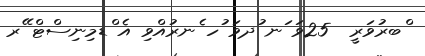
ްބރުވަރީ  25ވަ ަނ ުދވަ ުހ ެނރުއްވި އެ ްޑމިނިސްޓް ޭރ